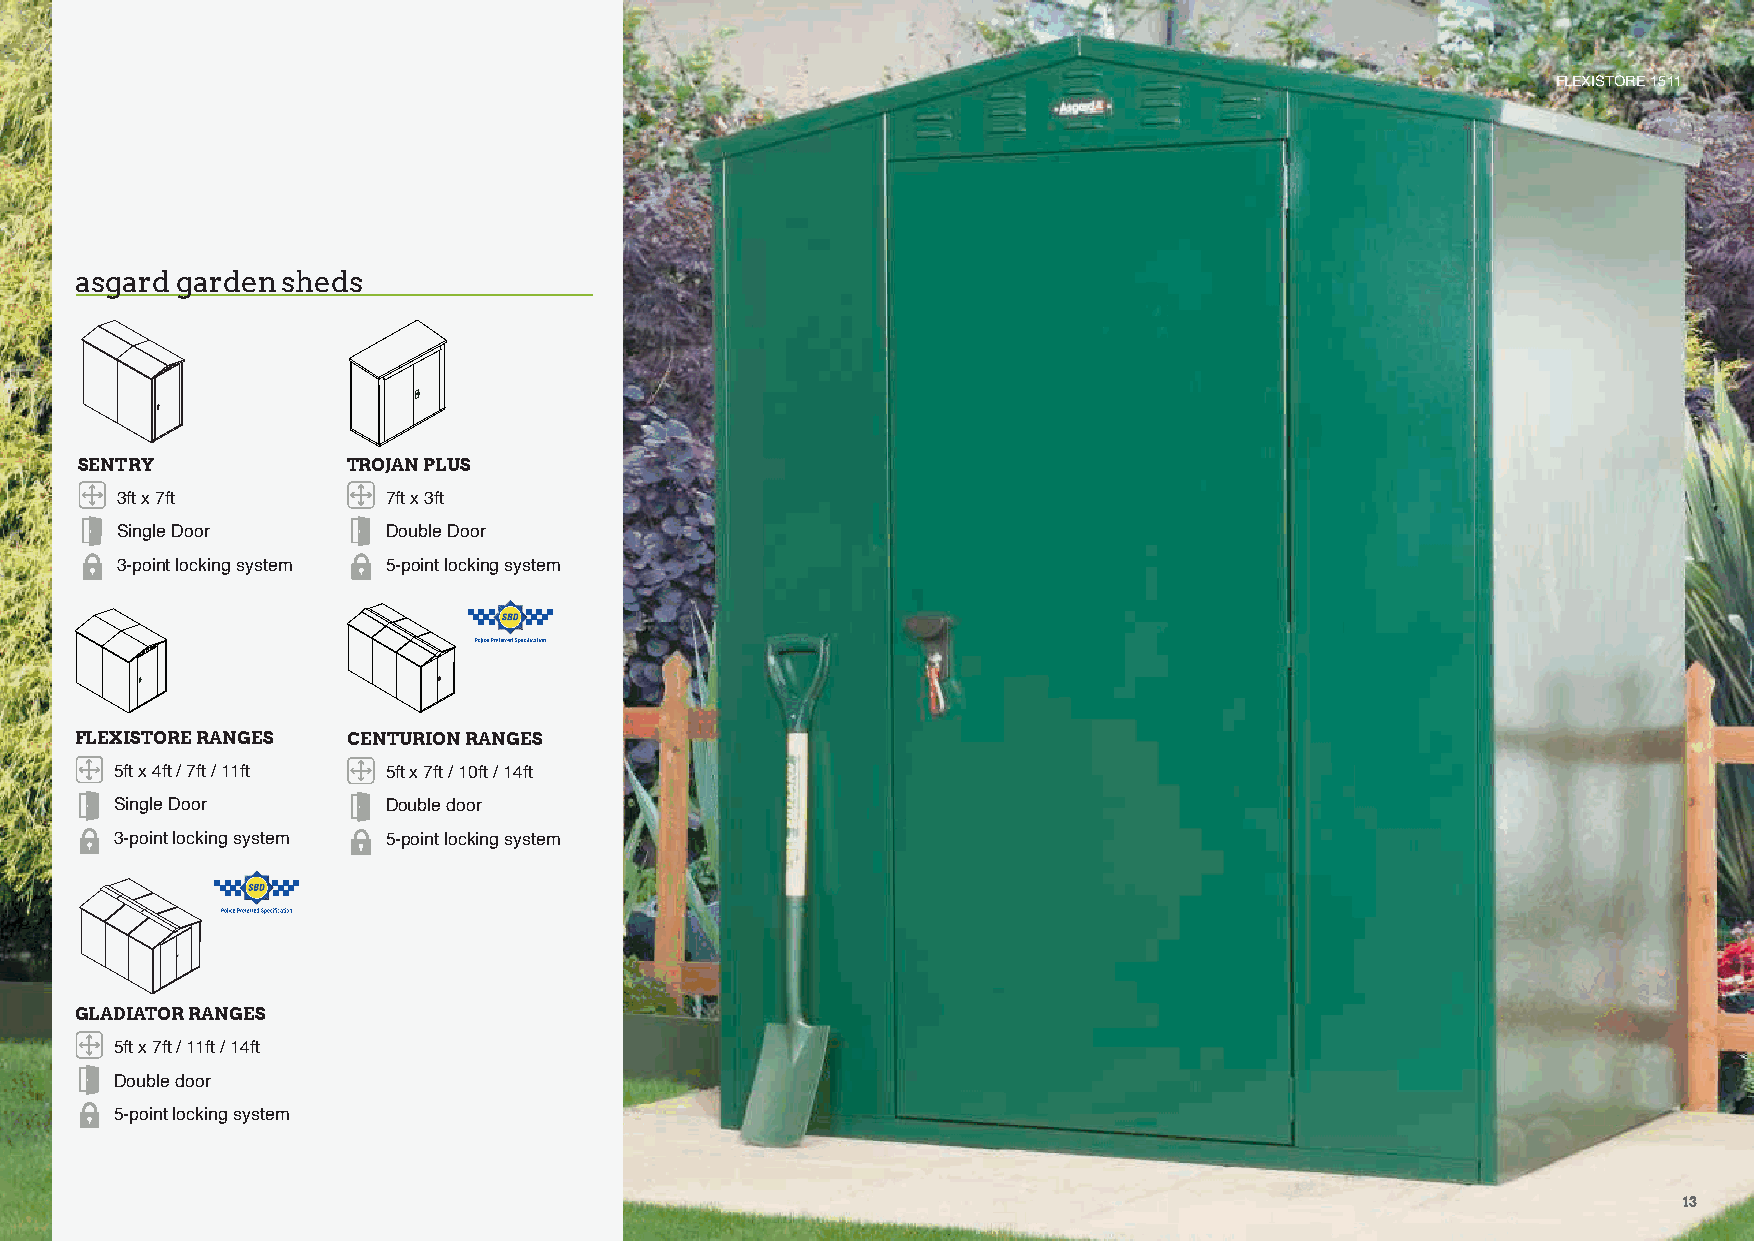
FLEXISTORE 1511
 asgard garden sheds
 SENTRY            TROJAN PLUS
 3ft x 7ft         7ft x 3ft
 Single Door       Double Door
 3-point locking system 5-point locking system
 FLEXISTORE RANGES CENTURION RANGES
 5ft x 4ft / 7ft / 11ft 5ft x 7ft / 10ft / 14ft
 Single Door       Double door
 3-point locking system 5-point locking system
 GLADIATOR RANGES
 5ft x 7ft / 11ft / 14ft
 Double door
 5-point locking system
 13